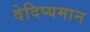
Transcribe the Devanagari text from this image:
देदिप्यमान